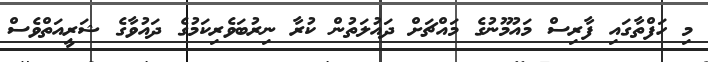
މި ހަފްތާގައި ފާރިސް މައުމޫނުގެ މައްޗަށް ދައުލަތުން ކުރާ ނިރުބަވެރިކަމުގެ ދައުވާގެ ޝަރީއަތްވެސް